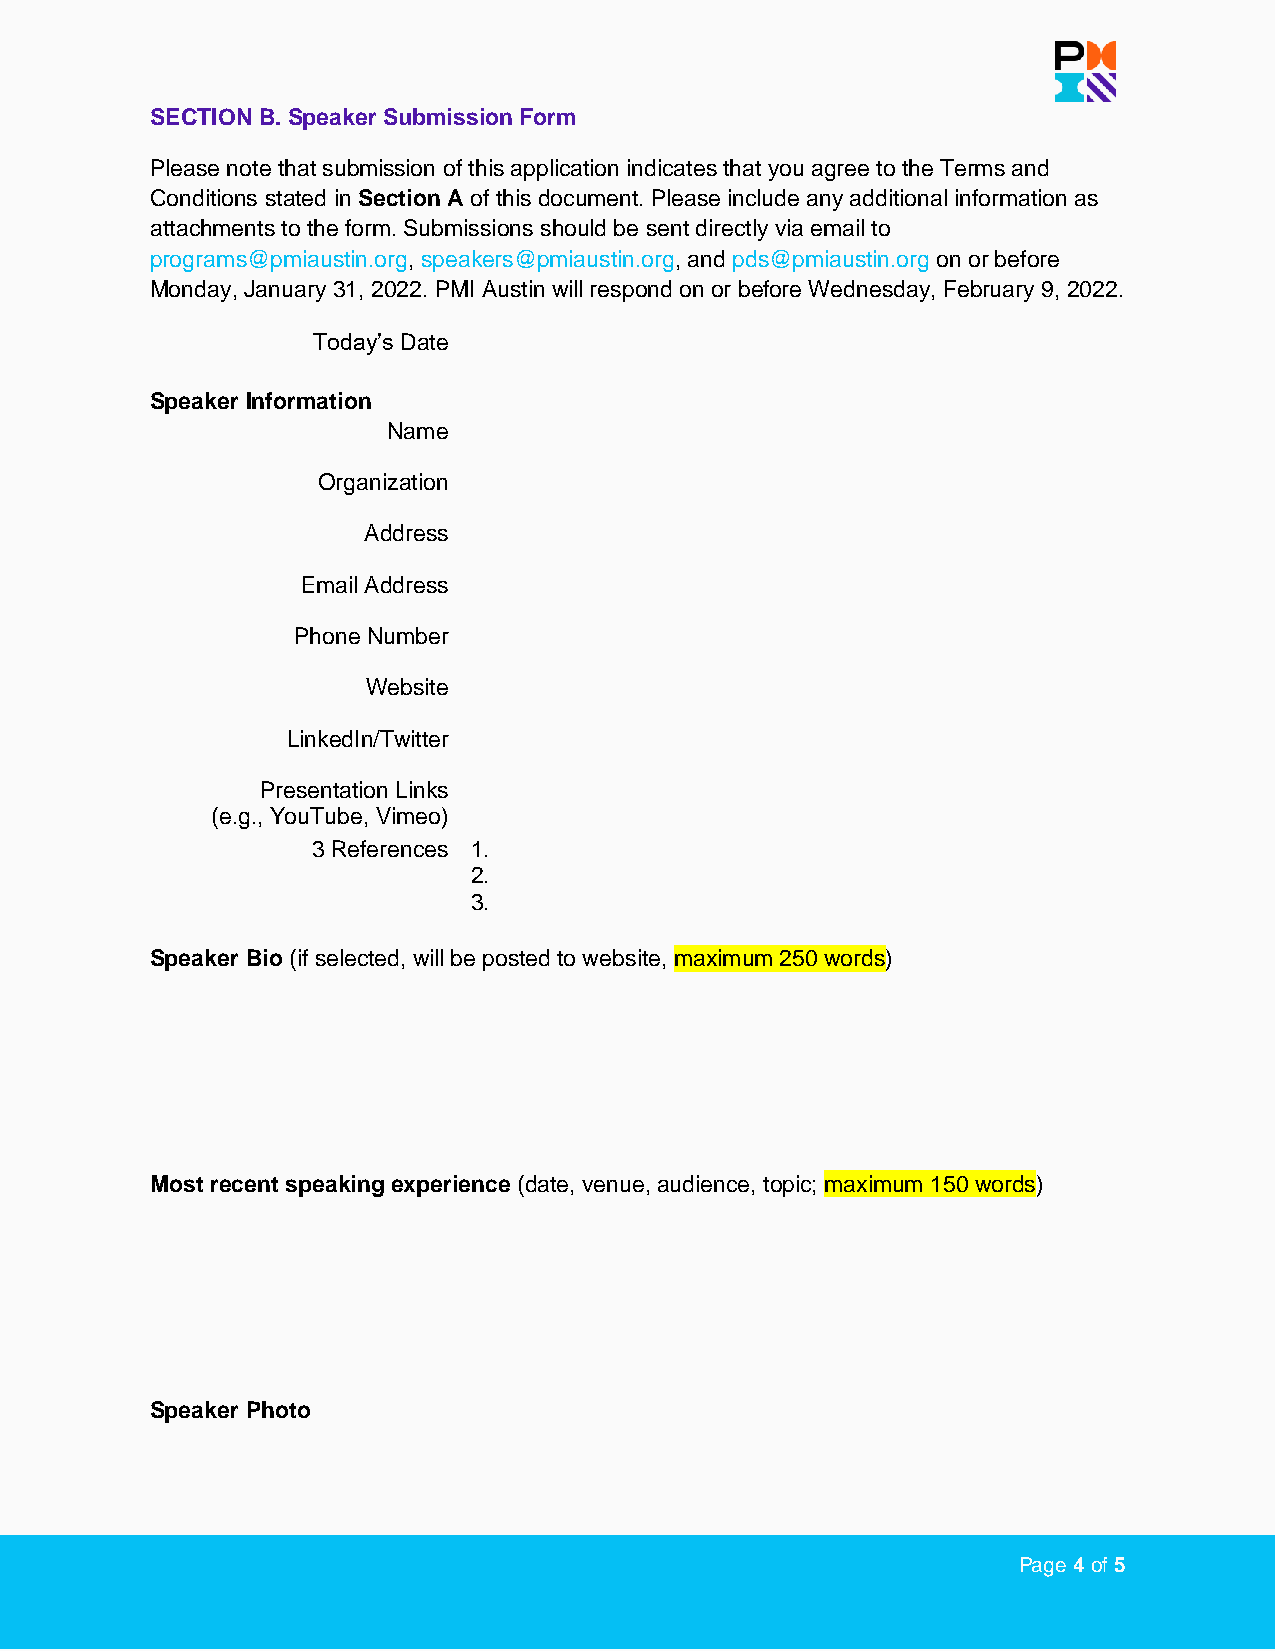
SECTION B. Speaker Submission Form
 Please note that submission of this application indicates that you agree to the Terms and
 Conditions stated in Section A of this document. Please include any additional information as
 attachments to the form. Submissions should be sent directly via email to
 programs@pmiaustin.org, speakers@pmiaustin.org, and pds@pmiaustin.org on or before
 Monday, January 31, 2022. PMI Austin will respond on or before Wednesday, February 9, 2022.
 Today’s Date
 Speaker Information
 Name
 Organization
 Address
 Email Address
 Phone Number
 Website
 LinkedIn/Twitter
 Presentation Links
 (e.g., YouTube, Vimeo)
 3 References 1.
 2.
 3.
 Speaker Bio (if selected, will be posted to website, maximum 250 words)
 Most recent speaking experience (date, venue, audience, topic; maximum 150 words)
 Speaker Photo
 Page 4 of 5